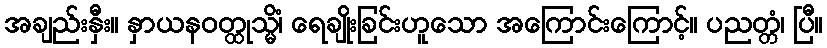
အချည်းနှီး။ နှာယနဝတ္ထုသ္မိံ၊ ရေချိုးခြင်းဟူသော အကြောင်းကြောင့်။ ပညတ္တံ၊ ပြီ။